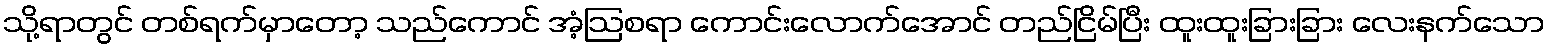
သို့ရာတွင် တစ်ရက်မှာတော့ သည်ကောင် အံ့ဩစရာ ကောင်းလောက်အောင် တည်ငြိမ်ပြီး ထူးထူးခြားခြား လေးနက်သော